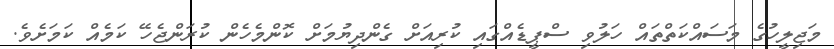
މަޖިލީހުގެ މަސައްކަތްތައް ހަލުވި ސްޕީޑެއްގައި ކުރިއަށް ގެންދިޔުމަށް ކޮންމެހެން ކުރަންޖެހޭ ކަމެއް ކަމަށެވެ.